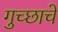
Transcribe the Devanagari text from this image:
गुच्छाचे